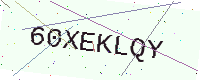
Text: 60XEKLQY